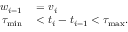
\begin{array} { r l } { w _ { i - 1 } } & { { } = v _ { i } } \\ { { \tau _ { \operatorname* { m i n } } } } & { { } < t _ { i } - t _ { i - 1 } < { \tau _ { \operatorname* { m a x } } } . } \end{array}